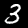
Label: 3